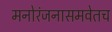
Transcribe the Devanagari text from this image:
मनोरंजनासमवेतच